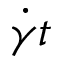
\dot { \gamma } t